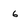
Character: 6